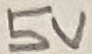
Text: 5V